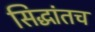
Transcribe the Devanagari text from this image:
सिद्धांतच